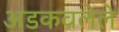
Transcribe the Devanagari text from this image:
अडकवलेले